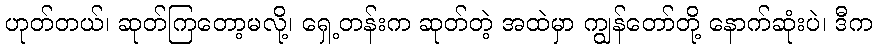
ဟုတ်တယ်၊ ဆုတ်ကြတော့မလို့၊ ရှေ့တန်းက ဆုတ်တဲ့ အထဲမှာ ကျွန်တော်တို့ နောက်ဆုံးပဲ၊ ဒီက